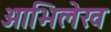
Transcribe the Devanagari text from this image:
आभिलेख